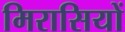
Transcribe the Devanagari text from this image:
मिरासियों